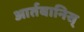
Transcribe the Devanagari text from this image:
आर्तबानिस्